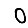
Digit: 0